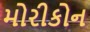
મોરીકોન